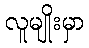
လူမျိုးမှာ